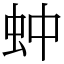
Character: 蚛